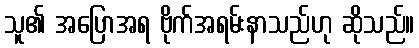
သူ၏ အပြောအရ ဗိုက်အရမ်းနာသည်ဟု ဆိုသည်။